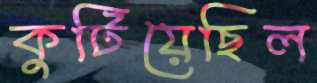
কুটিয়েছিল